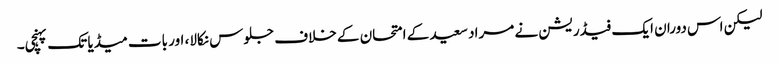
لیکن اس دوران ایک فیڈریشن نے مراد سعید کے امتحان کے خلاف جلوس نکالا، اور بات میڈیا تک پہنچی۔